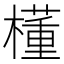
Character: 㯵